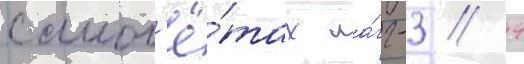
самол'ё́тах ла́гг-3 // 4